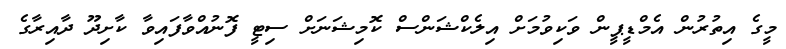
މީގެ އިތުރުން އެމްޑީޕީން ވަކިވުމަށް އިލެކްޝަންސް ކޮމިޝަނަށް ސިޓީ ފޮނުއްވާފައިވާ ކާށިދޫ ދާއިރާގެ